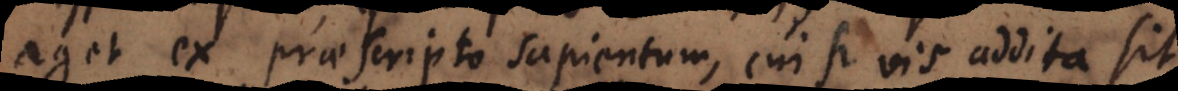
aget ex praescripto sapientum, cui si vis addita sit